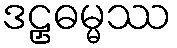
ဒဠှဓမ္မဿ